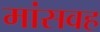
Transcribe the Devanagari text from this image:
मांसवह